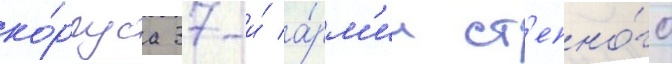
ко́рпуса 37-и́ а́рм'ии ст'епно́го